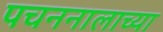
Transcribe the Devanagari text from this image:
पचननालाच्या